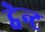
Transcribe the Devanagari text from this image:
ट्वेन्ट